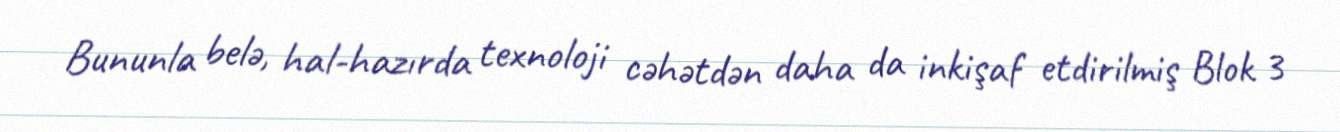
Bununla belə, hal-hazırda texnoloji cəhətdən daha da inkişaf etdirilmiş Blok 3